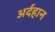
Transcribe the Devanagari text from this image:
अर्दहान